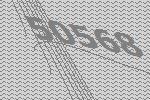
50568